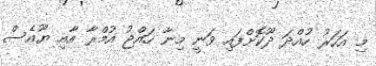
މި އަހަރު ހުއްދަ ދޫކޮށްފައި ވަނީ މިނާ ހައްޖު އުމްރާ އާއި ޔޫއެސް